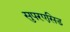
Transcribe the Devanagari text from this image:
सुपरएसिड